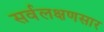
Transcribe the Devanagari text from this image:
सर्वलक्षणसार